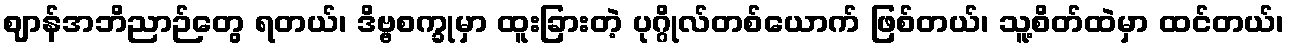
ဈာန်အဘိညာဉ်တွေ ရတယ်၊ ဒိဗ္ဗစက္ခုမှာ ထူးခြားတဲ့ ပုဂ္ဂိုလ်တစ်ယောက် ဖြစ်တယ်၊ သူ့စိတ်ထဲမှာ ထင်တယ်၊